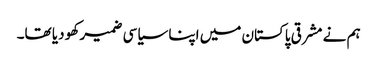
ہم نے مشرقی پاکستان میں اپنا سیاسی ضمیر کھو دیا تھا۔